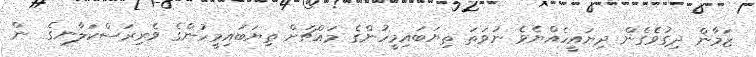
ޒަމާން ދިގުވެގެން ދިޔައީހެއްޔެވެ ނުވަތަ ތިޔަބައިމީހުންގެ މައްޗަށް ތިޔަބައިމީހުންގެ ވެރިރަސްކަލާނގެ  ން